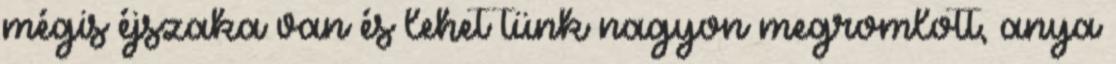
mégis éjszaka van és lehet tünk nagyon megromlott, anya